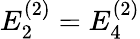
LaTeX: E_{2}^{(2)}=E_{4}^{(2)}